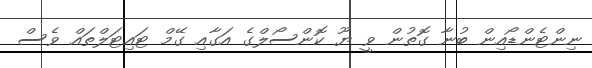
ނިންޓެންޑޯއިން ބުނާ ގޮތުން ވީ ޔޫ ކޮންސޯލްގެ އަގާއި ގޭމް ޓައިޓަލްތައް ވެސް